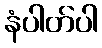
နံပါတ်ပါ